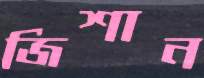
জিশান